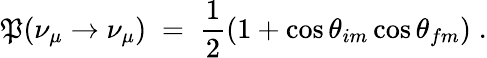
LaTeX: \mathfrak{P}(\nu_{\mu}\rightarrow\nu_{\mu})\; =\; \frac{{1}}{{2}}(1+\cos{{\theta}_{im}}\cos{{\theta}_{fm}})\; .